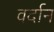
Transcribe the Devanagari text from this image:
वर्दान